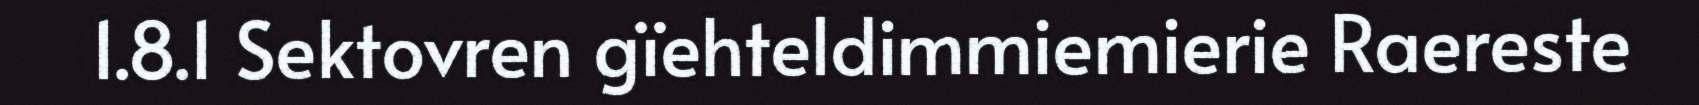
1.8.1 Sektovren gïehteldimmiemierie Raereste